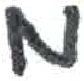
אות: מ